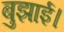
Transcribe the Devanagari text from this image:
बुझाई।